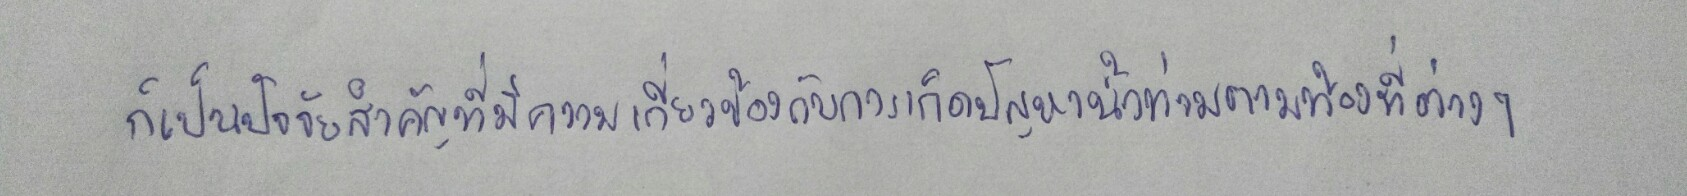
ก็เป็นปัจจัยสำคัญที่มีความเกี่ยวข้องกับการเกิดปัญหาน้ำท่วมตามท้องที่ต่างๆ